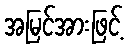
အမြင်အားဖြင့်